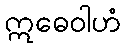
ဣဓေဝါဟံ